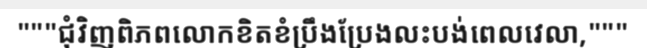
"""ជុំវិញពិភពលោកខិតខំប្រឹងប្រែងលះបង់ពេលវេលា,"""